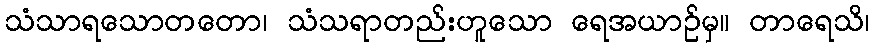
သံသာရသောတတော၊ သံသရာတည်းဟူသော ရေအယာဉ်မှ။ တာရေသိ၊